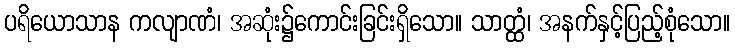
ပရိယောသာန ကလျာဏံ၊ အဆုံး၌ကောင်းခြင်းရှိသော။ သာတ္ထံ၊ အနက်နှင့်ပြည့်စုံသော။